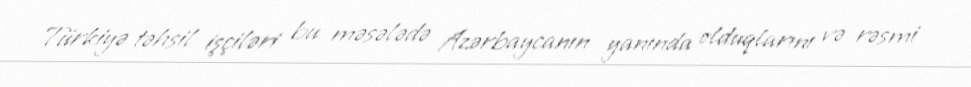
Türkiyə təhsil işçiləri bu məsələdə Azərbaycanın yanında olduqlarını və rəsmi